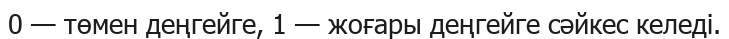
0 — төмен деңгейге, 1 — жоғары деңгейге сәйкес келеді.